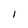
Character: l